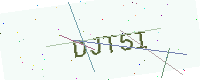
Text: DJT5I